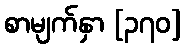
စာမျက်နှာ [၃၇၀]